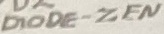
Text: DIODE-ZEN